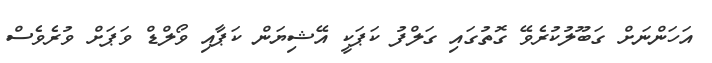
އަހަންނަށް ގަބޫލުކުރެވޭ ގޮތުގައި ގަލްފު ކަޕަކީ އޭޝިޔަން ކަޕާއި ވޯލްޑް ވަޕަށް ވުރެވެސް